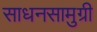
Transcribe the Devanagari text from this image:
साधनसामुग्री